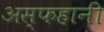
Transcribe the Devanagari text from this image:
अस्फहानी